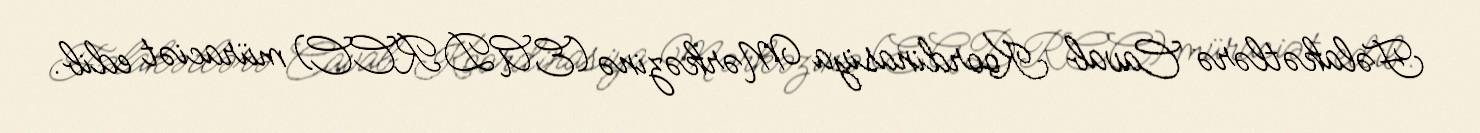
Fəlakətlərə Cavab Koordinasiya Mərkəzinə (EADRCC) müraciət edib.